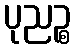
ပုညဉ္စ